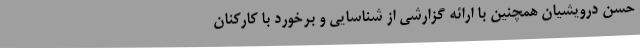
حسن درویشیان همچنین با ارائه گزارشی از شناسایی و برخورد با کارکنان